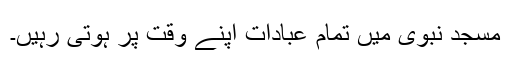
مسجد نبوی میں تمام عبادات اپنے وقت پر ہوتی رہیں۔